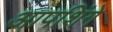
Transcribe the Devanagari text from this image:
आपशिंगे